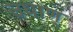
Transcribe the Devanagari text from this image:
उधाण्